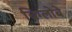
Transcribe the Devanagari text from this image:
बिग्लोबे